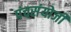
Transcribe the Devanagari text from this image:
पंचसंयोजी